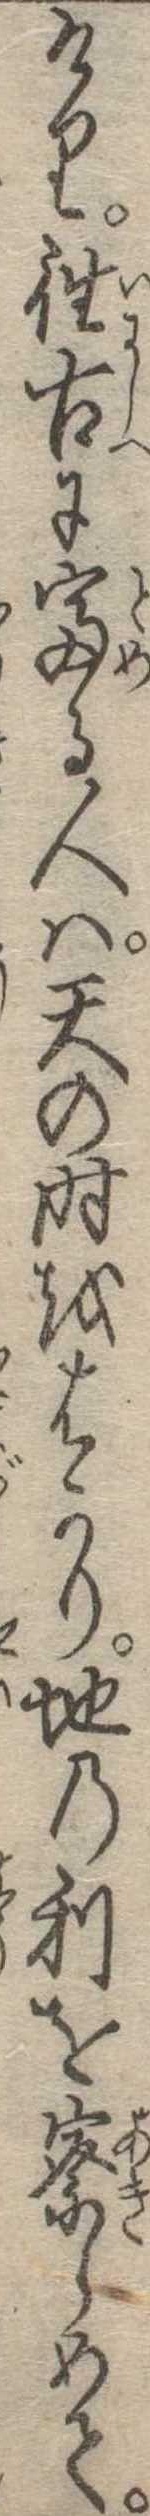
けり往古に富る人は天の時をはかり地の利を察らめて